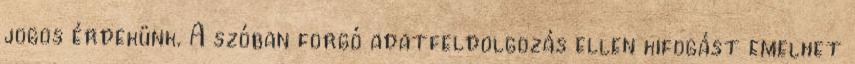
jogos érdekünk. A szóban forgó adatfeldolgozás ellen kifogást emelhet